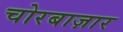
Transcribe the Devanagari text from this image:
चोरबाज़ार